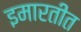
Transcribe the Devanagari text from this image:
इमारतीत